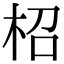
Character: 柖